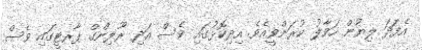
އެފަދަ ލިޔުން ހަވާލު ކުރަންވީއެވެ. އިދިކޮޅުގައި ވެސް އަދި ރޫލިންގް ޕާރޓީގައި ވެސް